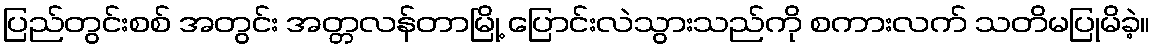
ပြည်တွင်းစစ် အတွင်း အတ္တလန်တာမြို့ ပြောင်းလဲသွားသည်ကို စကားလက် သတိမပြုမိခဲ့။